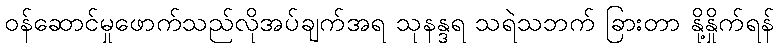
ဝန်ဆောင်မှုဖောက်သည်လိုအပ်ချက်အရ သုနန္ဒရ သရဲသဘက် ခြားတာ နို့နှိုက်ရန်